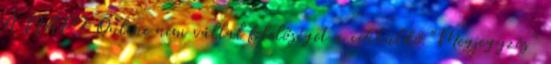
A NAPI Online nem vállal felelőséget a cikküldő "Megjegyzés"